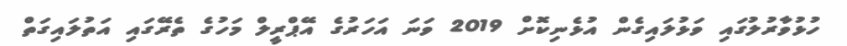
ހުޅުވާރުލުގައި ވަޅުލައިގެން އުޅެނިކޮށް 2019 ވަނަ އަހަރުގެ އޭޕްރީލް މަހުގެ ތެރޭގައި އަތުލައިގަތް